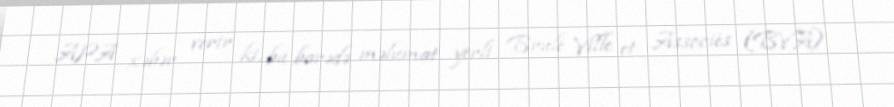
APA xəbər verir ki, bu barədə məlumat yerli Brulé Ville et Associés (BVA)